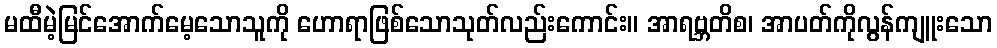
မထီမဲ့မြင်အောက်မေ့သောသူကို ဟောရာဖြစ်သောသုတ်လည်းကောင်း။ အာရဗ္ဘတိစ၊ အာပတ်ကိုလွန်ကျူးသော